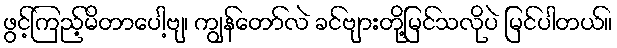
ဖွင့်ကြည့်မိတာပေါ့ဗျ၊ ကျွန်တော်လဲ ခင်ဗျားတို့မြင်သလိုပဲ မြင်ပါတယ်။